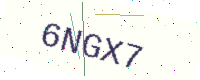
Text: 6NGX7